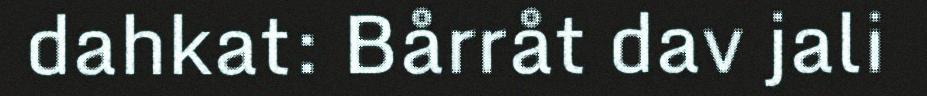
dahkat: Bårråt dav jali